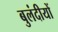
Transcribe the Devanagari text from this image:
बुलंदीयों